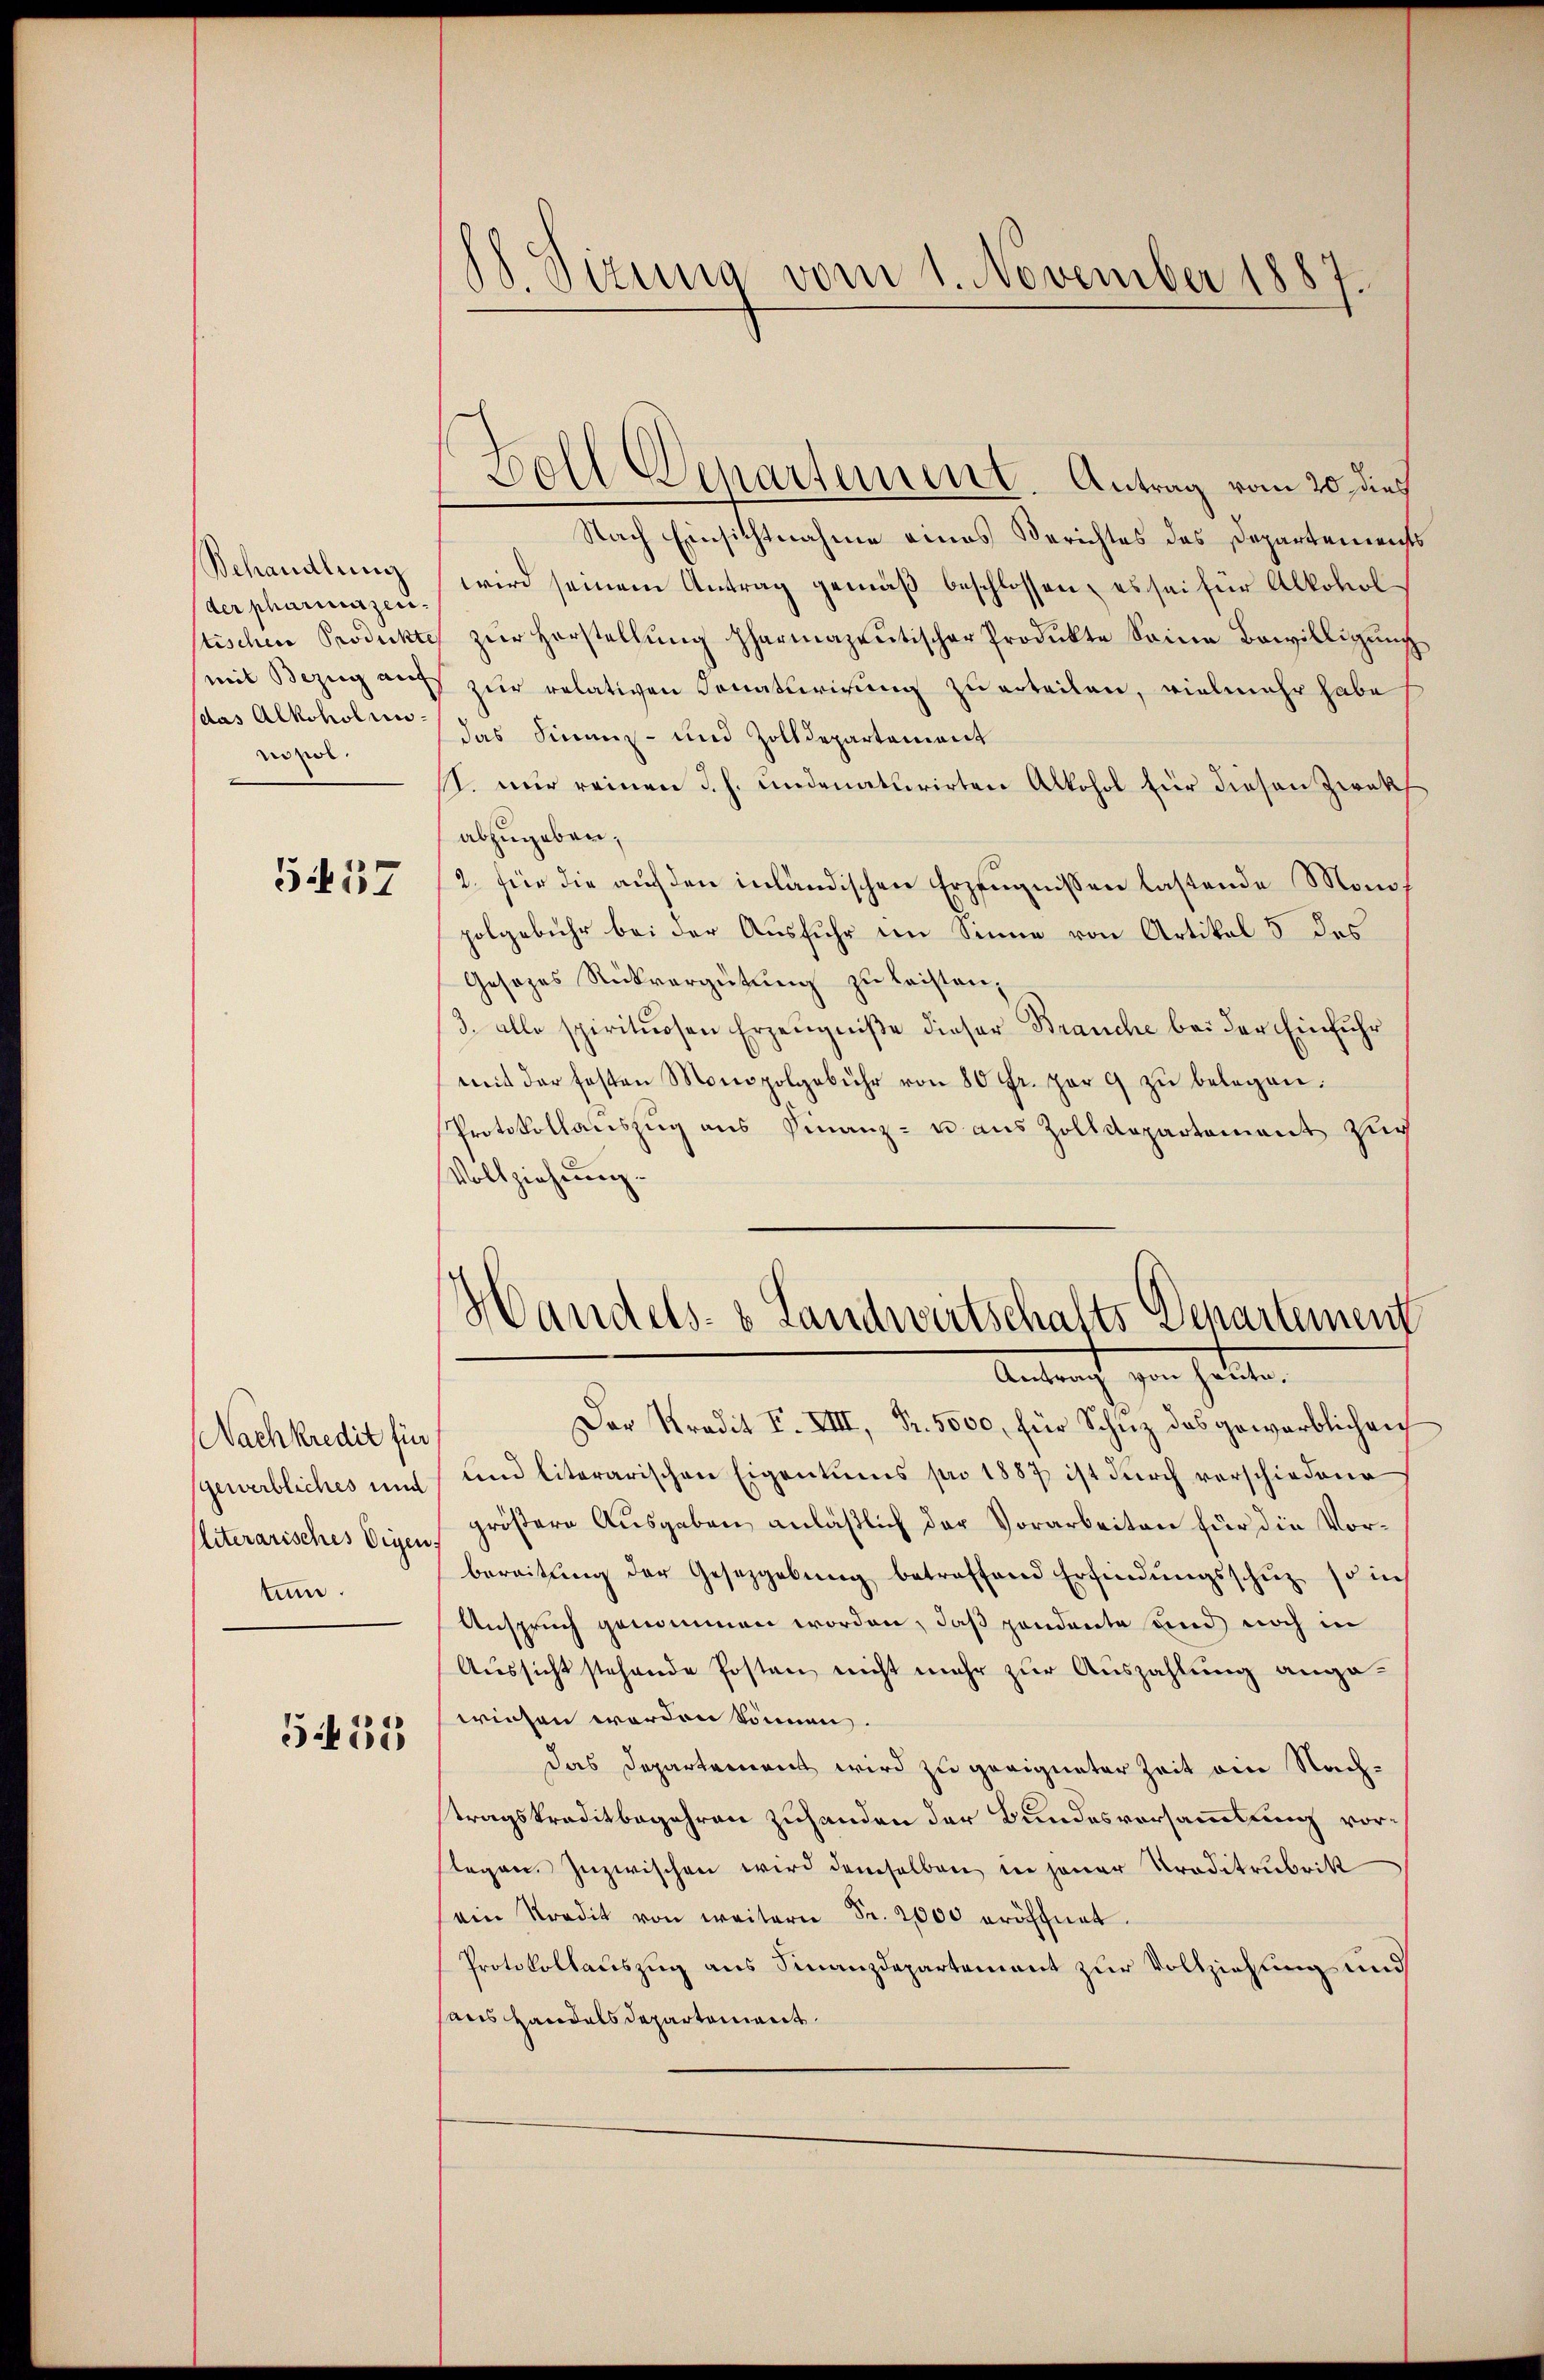
Behandlung
der pharinazen.
tischen Prodeckte
mit Bezug auf
das Alkoholun-
nor

5417

Nachkredit für
gewerbliches und
Eliterarisches Eigen.
tum.

522

S. Sizung vom 1. November 1887.

Nach Einsichtnahme eines Berichtes des Departements
wird seinem Antrag gemäß beschlossen, es sei für Alkoholzŭr Herstellŭng pharmazeŭtischer Produkte Seine Bewilligung
zur relativen Donaturirung zu erteilen, vielmehr habe
das Finanz- und Zolldepartement
I. nur reinen d. h. undenaturirten Alkohol für diesen Zwek
abzugeben,
2. für die auf den inländischen Erzeugnissen lastende Monof
polgebühr bei der Ausfuhr im Sinne von Artikel 3 des
Gesezes Rückvergütung zu leisten,
3. alle spirituosen Erzeugniße dieser Brauche bei der Einfuhr
mit der festen Monopolgebühr von 80 fr. per 9 zŭ belegen.
Protokollauszug aus Finanz- u. aus Zolldepartement zur
Vollziehung.

Boll Departement. Antrag vom 20. dies

Handels- & Landwirtschafts Departement
Antraft zur hatten.

Der Kredit F. XIII, Nr. 5000, für Schuz das gewerblichen
Land literarischen Eigentums pro 1887 ist durch verschiedene
größere Ausgaben anläßlich der Vorarbeiten für die Vorbereitŭng der Gesetzgebŭng betreffend Erfindŭngsschŭz so in
Anspruch genommen worden, daß pondente und noch in
Aussicht stehende Posten nicht mehr zur Auszahlung angewiesen werden können.
das Departement wird zu geeigneter Zeit ein Nachtragskreditbegehren zuhanden der Bundesversammlung vorlegen. Inzwischen wird demselben in jener Traditrubrik
ein Stradit von weitern Fr. 2000 eröffnet.
Protokollauszug aus Finanzdepartement zur Vollziehung und
aus Handels Departement